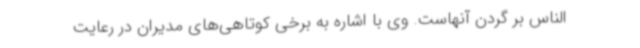
‌الناس بر گردن آنهاست. وی با اشاره به برخی کوتاهی‌های مدیران در رعایت